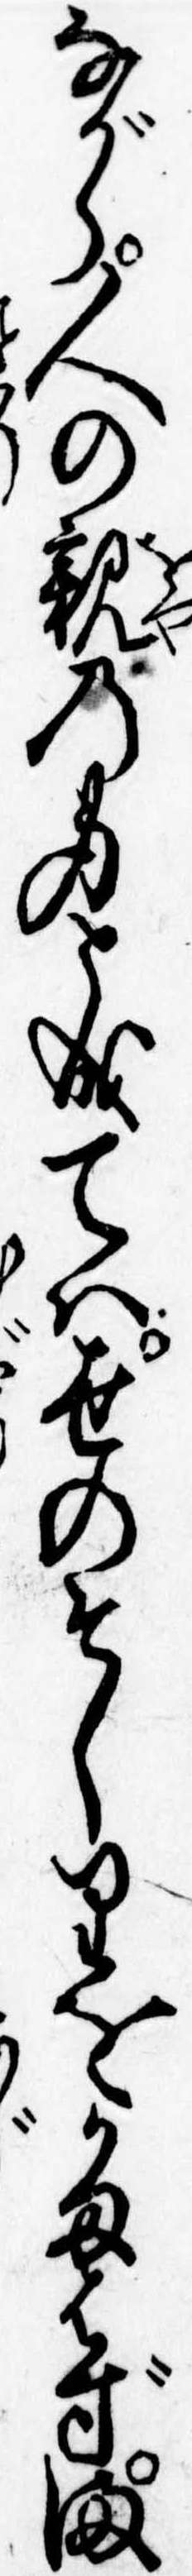
ながら人の親の身と成ては世のそしりをかまはずま